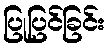
ပြုပြင်ခြင်း